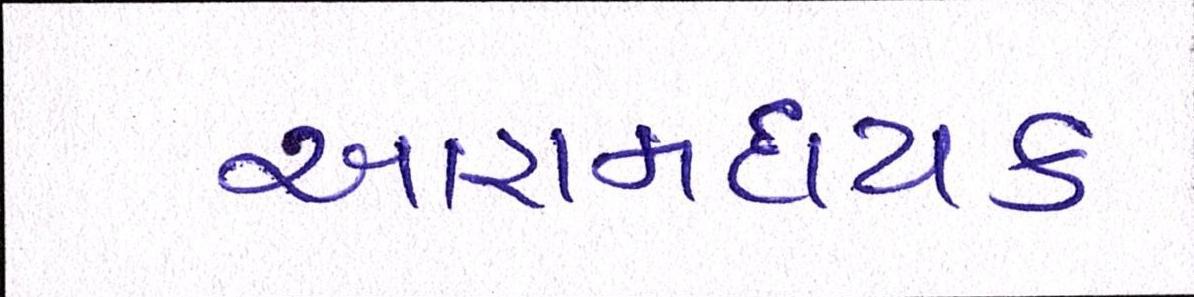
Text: આરામદાયક